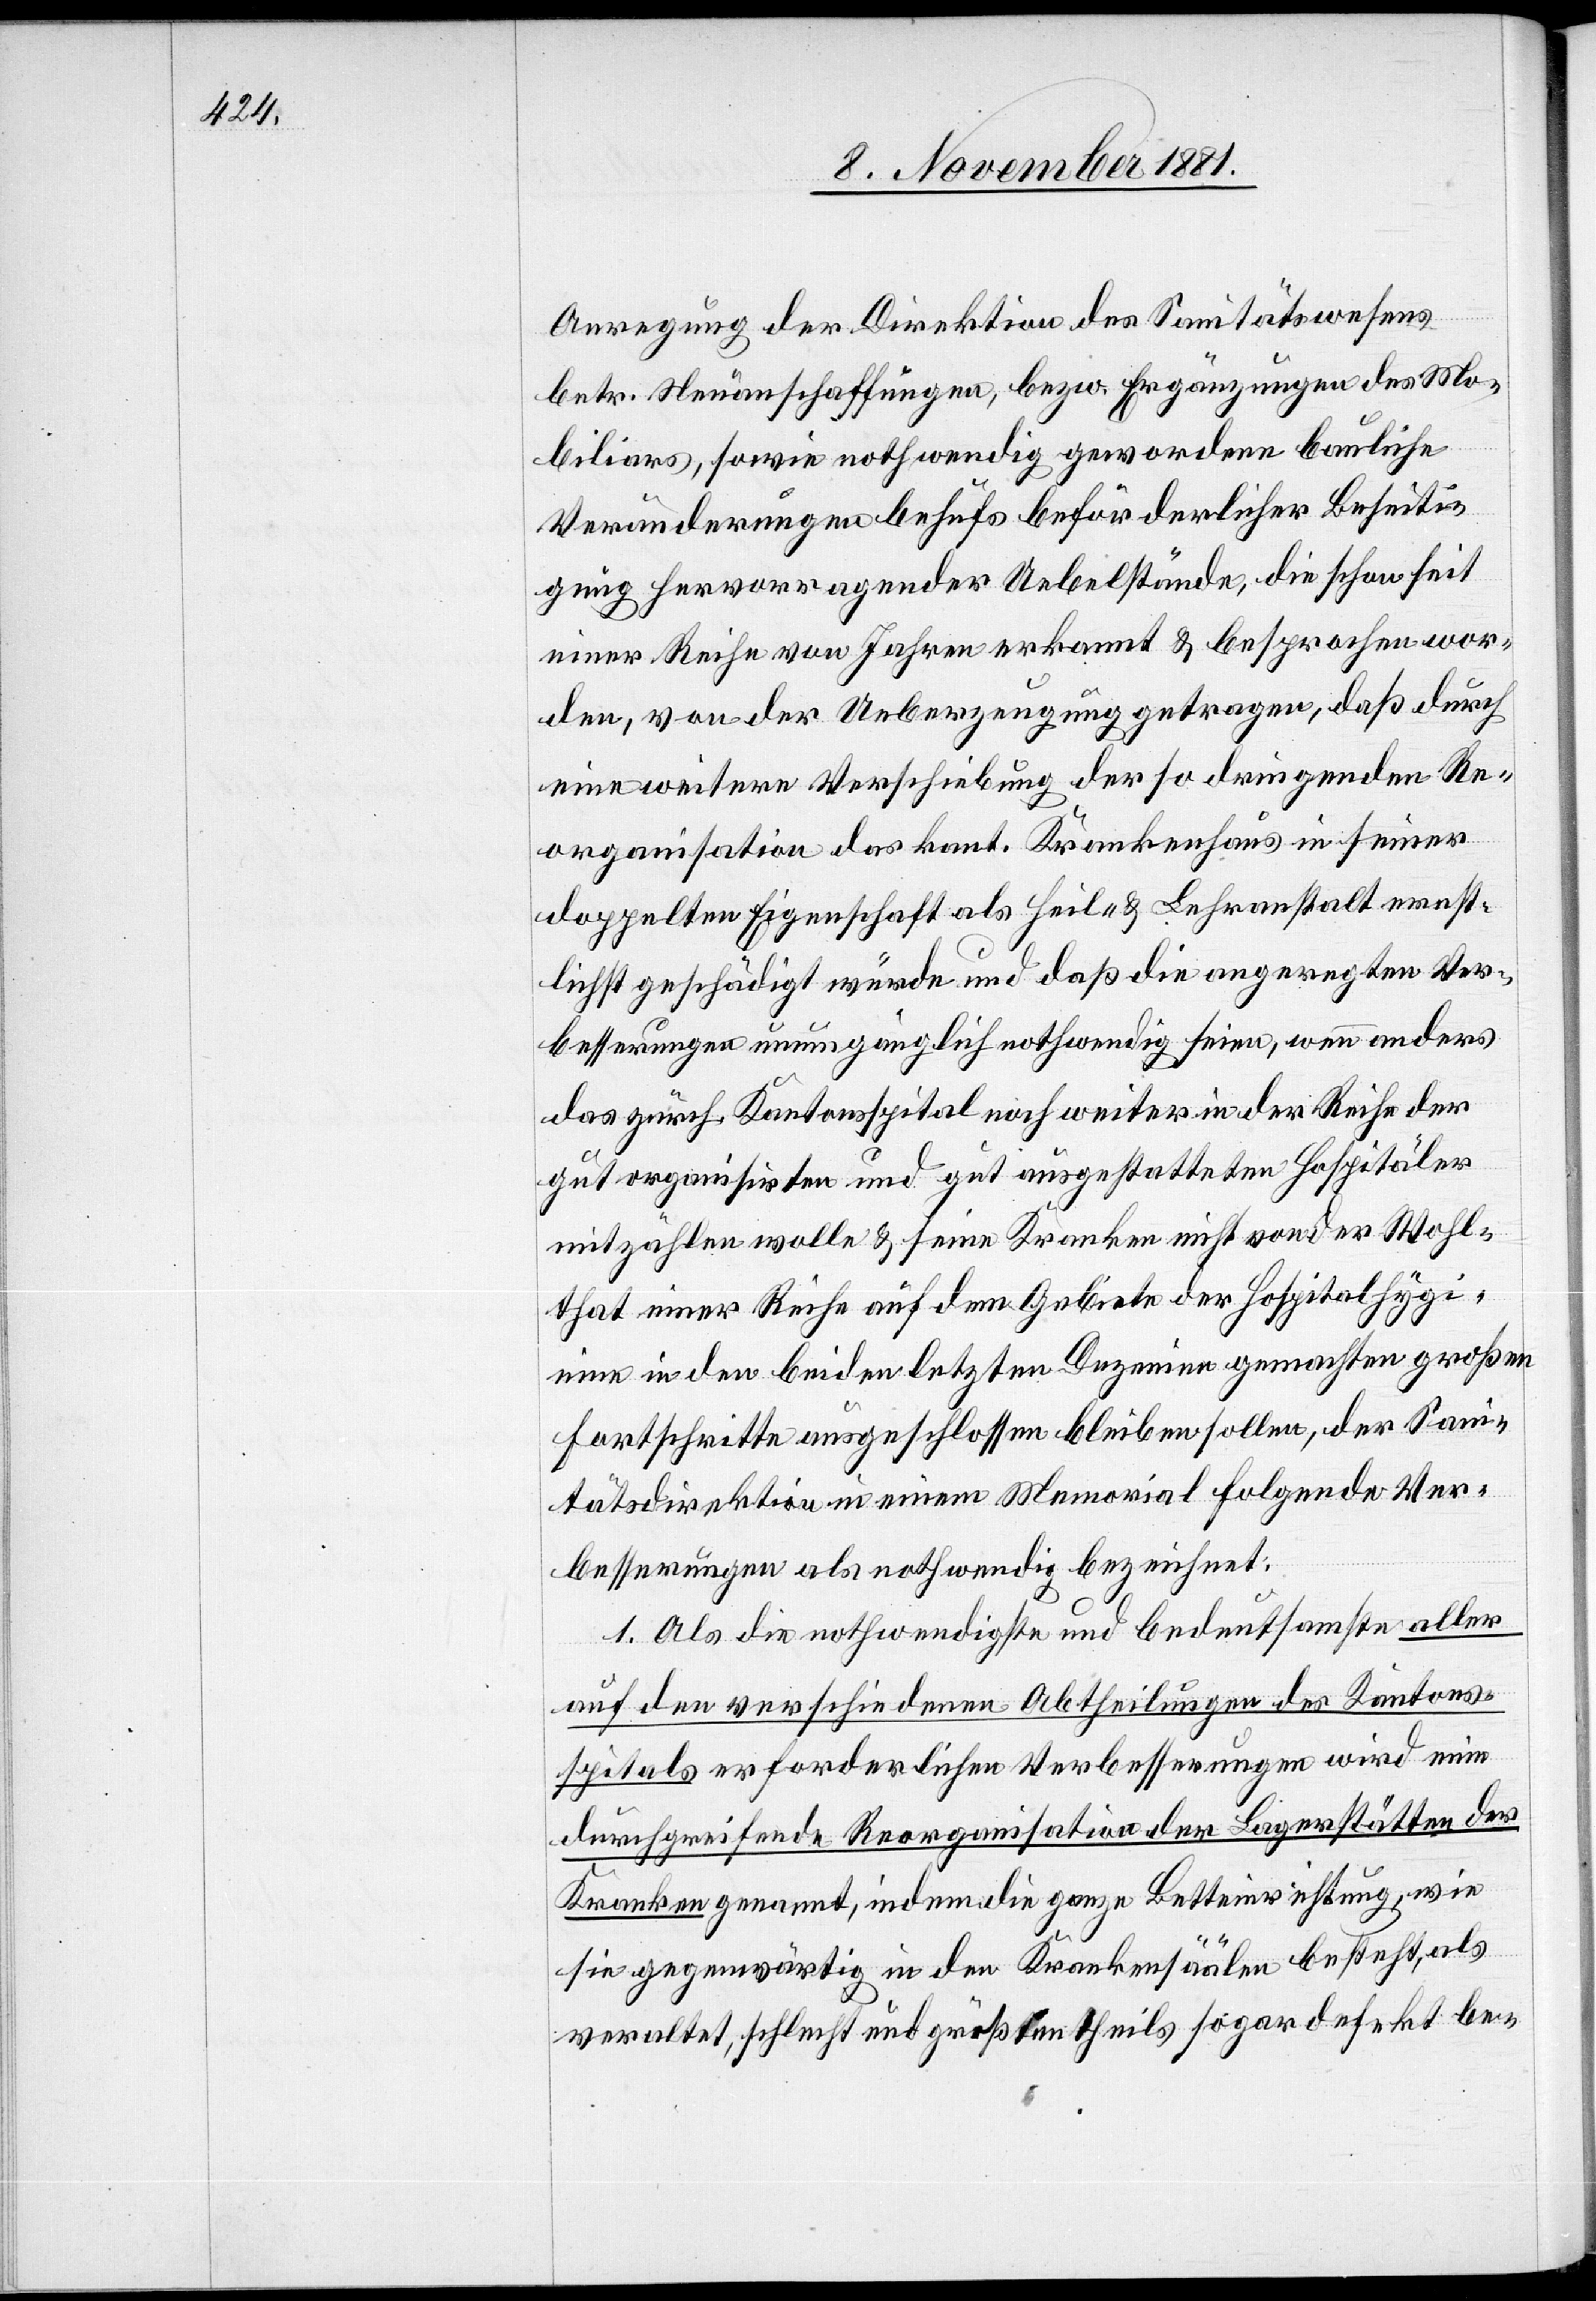
Anregung der Direktion des Sanitätswesens
betr. Neuanschaffungen, bezw. Ergänzungen des Mo¬
biliars, sowie nothwendig gewordene bauliche
Veränderungen behufs beförderlicher Beseiti¬
gung hervorragender Uebelstände, die schon seit
einer Reihe von Jahren erkannt & besprochen wor¬
den, von der Ueberzeugung getragen, daß durch
eine weitere Verschiebung der so dringenden Re¬
organisation das kant. Krankenhaus in seiner
doppelten Eigenschaft als Heil- & Lehranstalt ernst¬
lichst geschädigt würde und daß die angeregten Ver¬
besserungen unumgänglich nothwendig seien, wenn anders
das zürch. Kantonsspital noch weiter in der Reihe der
gut organisirten und gut ausgestatteten Hospitäler
mitzählen wolle & seine Kranken nicht von der Wohl¬
that einer Reihe auf dem Gebiete der Hospitalhygieine
in den beiden letzten Dezenien gemachten großen
Fortschritte ausgeschlossen bleiben sollen, der San¬
itätsdirektion in einem Memorial folgende Ver¬
besserungen als nothwendig bezeichnet:
1. Als die nothwendigste und bedeutsamste aller
auf den verschiedenen Abtheilungen des Kantons¬
spitals erforderlichen Verbesserungen wird eine
durchgreifende Reorganisation der Lagerstätten der
Kranken genannt, indem die ganze Betteinrichtung, wie
sie gegenwärtig in den Krankensäälen besteht, als
veraltet, schlecht und größten theils sogar defekt be-